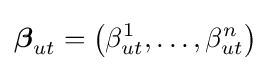
{\boldsymbol {\beta }}_{ut}=\left(\beta _{ut}^{1},\dots ,\beta _{ut}^{n}\right)